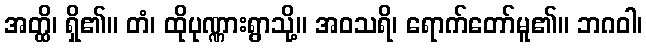
အတ္ထိ၊ ရှိ၏။ တံ၊ ထိုပုဏ္ဏားရွာသို့။ အဝသရိ၊ ရောက်တော်မူ၏။ ဘဂဝါ၊